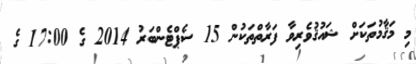
މި މަޤާމުތަކަށް ޝައުޤުވެރިވާ ފަރާތްތަކުން 15 ސެޕްޓެންބަރު 2014 ގެ 17:00 ގެ